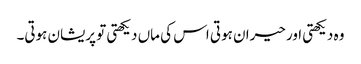
وہ دیکھتی اور حیران ہوتی اس کی ماں دیکھتی تو پریشان ہوتی۔